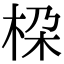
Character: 桗